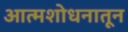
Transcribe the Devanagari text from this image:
आत्मशोधनातून